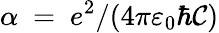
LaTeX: \alpha~=~e^{2}/(4\pi\varepsilon_{0}\hbar\mathcal{C})